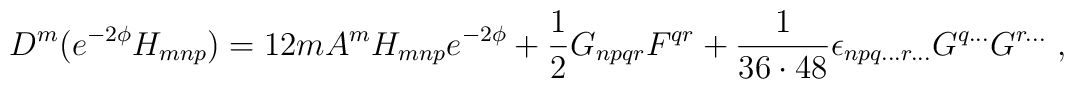
D^m(e^{-2\phi}H_{mnp}) = 12mA^mH_{mnp}e^{-2\phi}+\frac{1}{2}G_{npqr}F^{qr}+{1\over 36\cdot 48}\epsilon_{npq...r...}G^{q...}G^{r...}\ ,